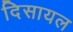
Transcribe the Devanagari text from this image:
दिसायल